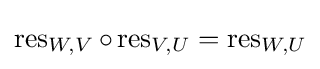
\operatorname {res} _{W,V}\circ \operatorname {res} _{V,U}=\operatorname {res} _{W,U}